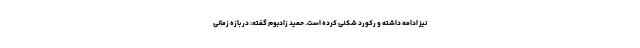
نیز ادامه داشته و رکورد شکنی کرده است. حمید زادبوم گفته: در بازه زمانی